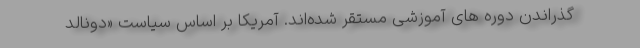
گذراندن دوره های آموزشی مستقر شده‌اند. آمریکا بر اساس سیاست «دونالد